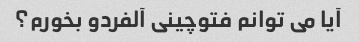
آیا می توانم فتوچینی آلفردو بخورم؟